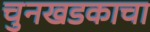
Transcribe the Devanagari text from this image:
चुनखडकाचा